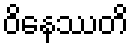
ဝိနေဿတိ